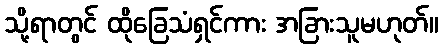
သို့ရာတွင် ထိုခြေသံရှင်ကား အခြားသူမဟုတ်။